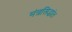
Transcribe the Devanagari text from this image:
मंत्रसिद्धांत